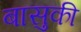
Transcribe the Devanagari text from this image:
बासुकी